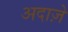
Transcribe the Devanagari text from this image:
अदाज़े